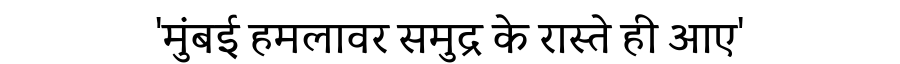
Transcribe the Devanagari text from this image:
'मुंबई हमलावर समुद्र के रास्ते ही आए'